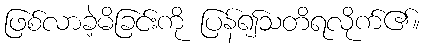
ဖြစ်လာခဲ့မိခြင်းကို ပြန်၍သတိရလိုက်၏။